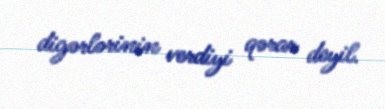
digərlərinin verdiyi qərar deyil.